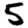
Digit: 5